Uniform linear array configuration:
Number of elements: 8
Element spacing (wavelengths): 0.25
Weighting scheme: blackman
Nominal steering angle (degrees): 45
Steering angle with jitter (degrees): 44.821
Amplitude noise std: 0.05
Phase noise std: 0.05

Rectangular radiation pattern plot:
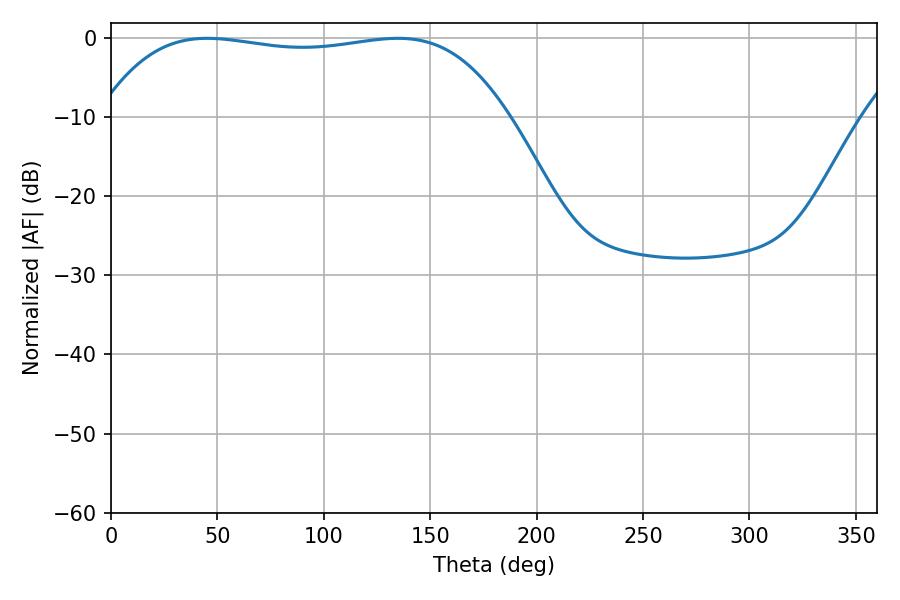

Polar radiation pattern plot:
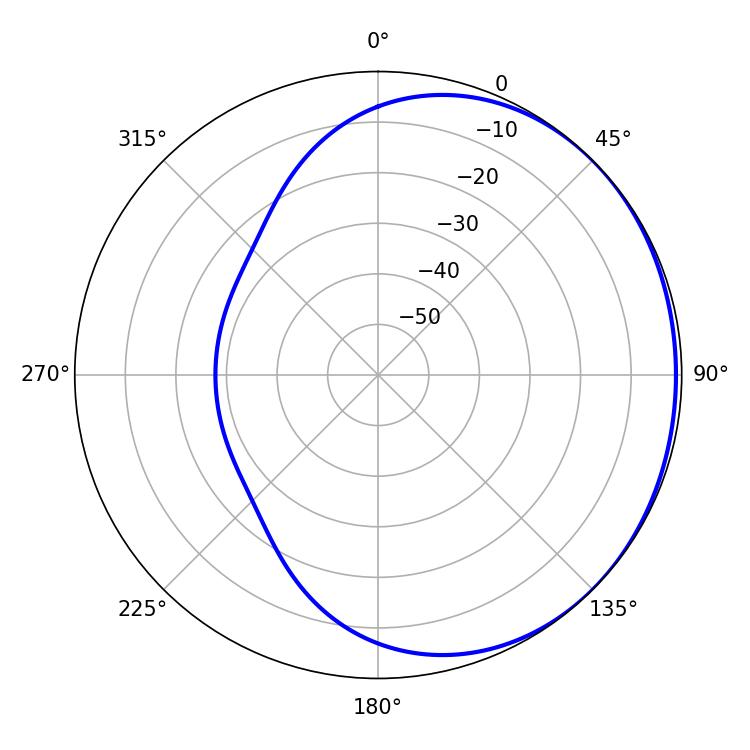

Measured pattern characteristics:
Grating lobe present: FALSE
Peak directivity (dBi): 0.724
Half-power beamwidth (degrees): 152.28
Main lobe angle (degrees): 45.18